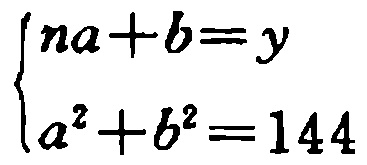
\[\begin{cases}

na + b = y\\

a^{2}+b^{2}=144

\end{cases}\]